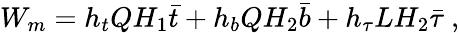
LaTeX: W_{m}=h_{t}QH_{1}\bar{t}+h_{b}QH_{2}\bar{b}+h_{\tau}LH_{2}\bar{\tau}\ ,